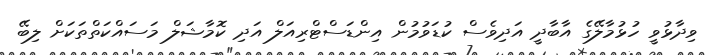
ވިދާޅުވީ ހުޅުމާލޭގެ އާބާދީ އަދިވެސް ކުޑަވުމުން އިންޑަސްޓްރިއަލް އަދި ކޮމާޝަލް މަސައްކަތްތަކަށް ލިބޭ